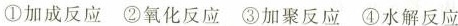
①加成反应②氧化反应③加聚反应④水解反应